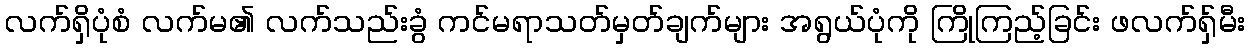
လက်ရှိပုံစံ လက်မ၏ လက်သည်းခွံ ကင်မရာသတ်မှတ်ချက်များ အရွယ်ပုံကို ကြိုကြည့်ခြင်း ဖလက်ရှ်မီး